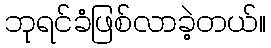
ဘုရင်ခံဖြစ်လာခဲ့တယ်။